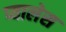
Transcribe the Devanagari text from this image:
प्यालेस